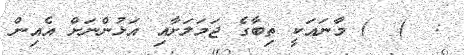
:  )  ) މާނައަކީ ތިބާގެ ޖަމަލަށާއި އަޅުންނަށް އެއިން